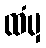
ထံမှ